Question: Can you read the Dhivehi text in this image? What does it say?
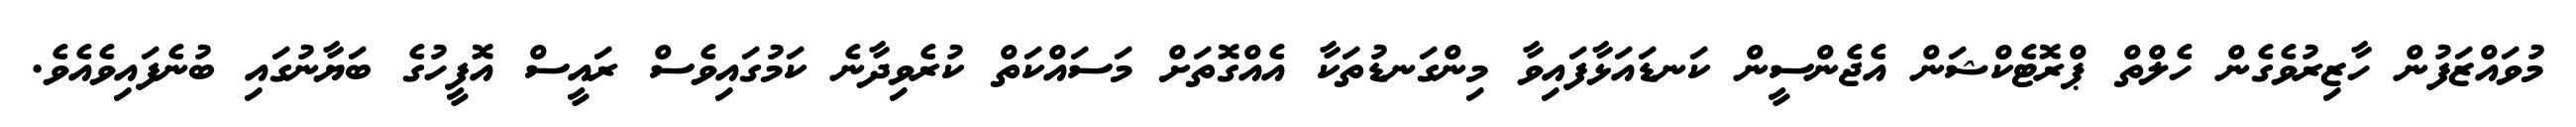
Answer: މުވައްޒަފުން ހާޒިރުވެގެން ހެލްތް ޕްރޮޓެކްޝަން އެޖެންސީން ކަނޑައަޅާފައިވާ މިންގަނޑުތަކާ އެއްގޮތަށް މަސައްކަތް ކުރެވިދާނެ ކަމުގައިވެސް ރައީސް އޮފީހުގެ ބަޔާނުގައި ބުނެފައިވެއެވެ.